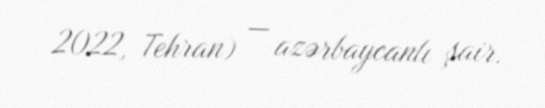
2022, Tehran) — azərbaycanlı şair.